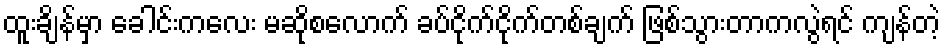
ထူးချိန်မှာ ခေါင်းကလေး မဆိုစလောက် ခပ်ငိုက်ငိုက်တစ်ချက် ဖြစ်သွားတာကလွဲရင် ကျန်တဲ့